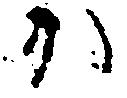
か